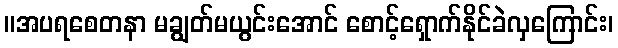
။အပရစေတနာ မချွတ်မယွင်းအောင် စောင့်ရှောက်နိုင်ခဲလှကြောင်း၊